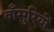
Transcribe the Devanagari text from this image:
बाँसुरियों